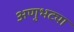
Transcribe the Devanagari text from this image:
अणुभट्या